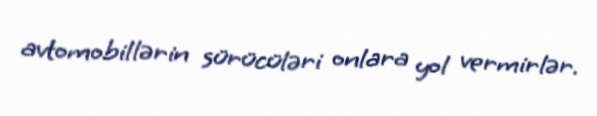
avtomobillərin sürücüləri onlara yol vermirlər.